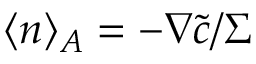
\langle \boldsymbol { n } \rangle _ { A } = - \nabla \widetilde { c } / { \Sigma }